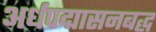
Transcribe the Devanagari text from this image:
अर्धपद्मासनबद्ध